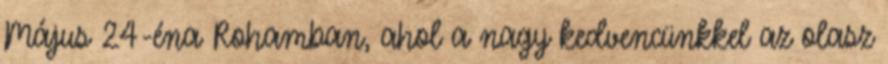
Május 24-éna Rohamban, ahol a nagy kedvencünkkel az olasz